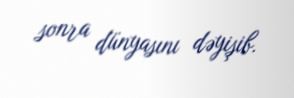
sonra dünyasını dəyişib.